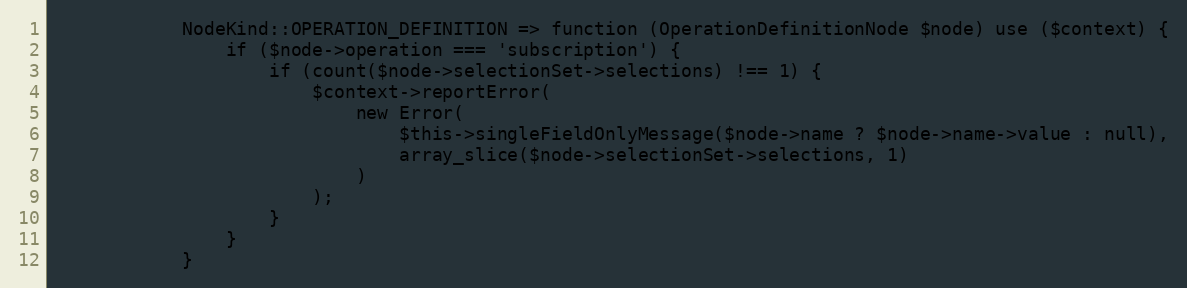
Language: PHP
            NodeKind::OPERATION_DEFINITION => function (OperationDefinitionNode $node) use ($context) {
                if ($node->operation === 'subscription') {
                    if (count($node->selectionSet->selections) !== 1) {
                        $context->reportError(
                            new Error(
                                $this->singleFieldOnlyMessage($node->name ? $node->name->value : null),
                                array_slice($node->selectionSet->selections, 1)
                            )
                        );
                    }
                }
            }